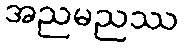
အညမညဿ